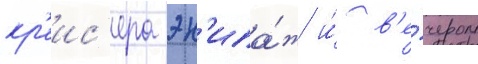
кр'еис'ера эк'ипа́ж и́ в'е́чером